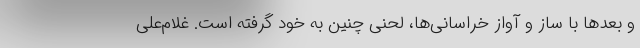
و بعدها با ساز و آواز خراسانی‌ها، لحنی چنین به خود گرفته است. غلام‌علی